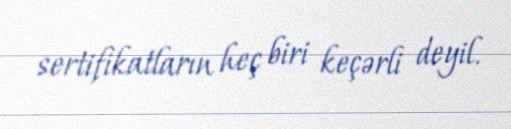
sertifikatların heç biri keçərli deyil.